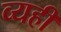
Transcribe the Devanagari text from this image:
व्यही